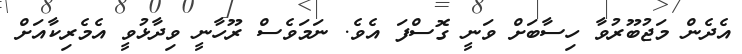
އެދެން މަޖުބޫރުވާ ހިސާބަށް ވަނީ ގޮސްފަ އެވެ. ނަމަވެސް ރޫހާނީ ވިދާޅުވީ އެމެރިކާއަށް